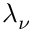
\lambda _ { \nu }